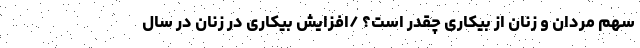
سهم مردان و زنان از بیکاری چقدر است؟ /افزایش بیکاری در زنان در سال